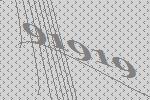
91919